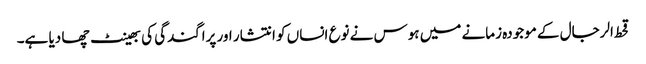
قحط الرجال کے موجودہ زمانے میں ہوس نے نوع انساں کو انتشار اور پراگندگی کی بھینٹ چھا دیا ہے۔